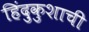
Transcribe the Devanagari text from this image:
हिंदुकुशाची